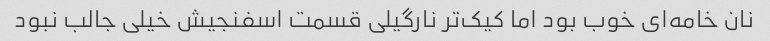
نان خامه‌ای خوب بود اما کیک‌تر نارگیلی قسمت اسفنجیش خیلی جالب نبود